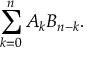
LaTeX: \sum _ { k = 0 } ^ { n } A _ { k } B _ { n - k } .